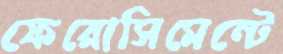
ফেরোসিমেন্টে